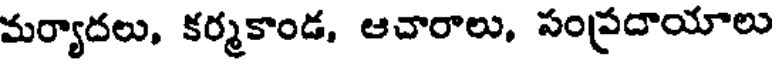
మర్యాదలు, కర్మకాండ, ఆచారాలు, సంప్రదాయాలు